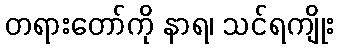
တရားတော်ကို နာရ၊ သင်ရကျိုး